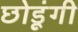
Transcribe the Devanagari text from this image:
छोडूंगी